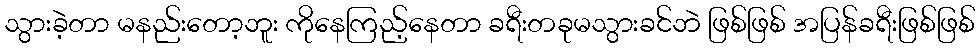
သွားခဲ့တာ မနည်းတော့ဘူး ကိုနေကြည့်နေတာ ခရီးတခုမသွားခင်ဘဲ ဖြစ်ဖြစ် အပြန်ခရီးဖြစ်ဖြစ်